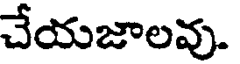
చేయజాలవు.